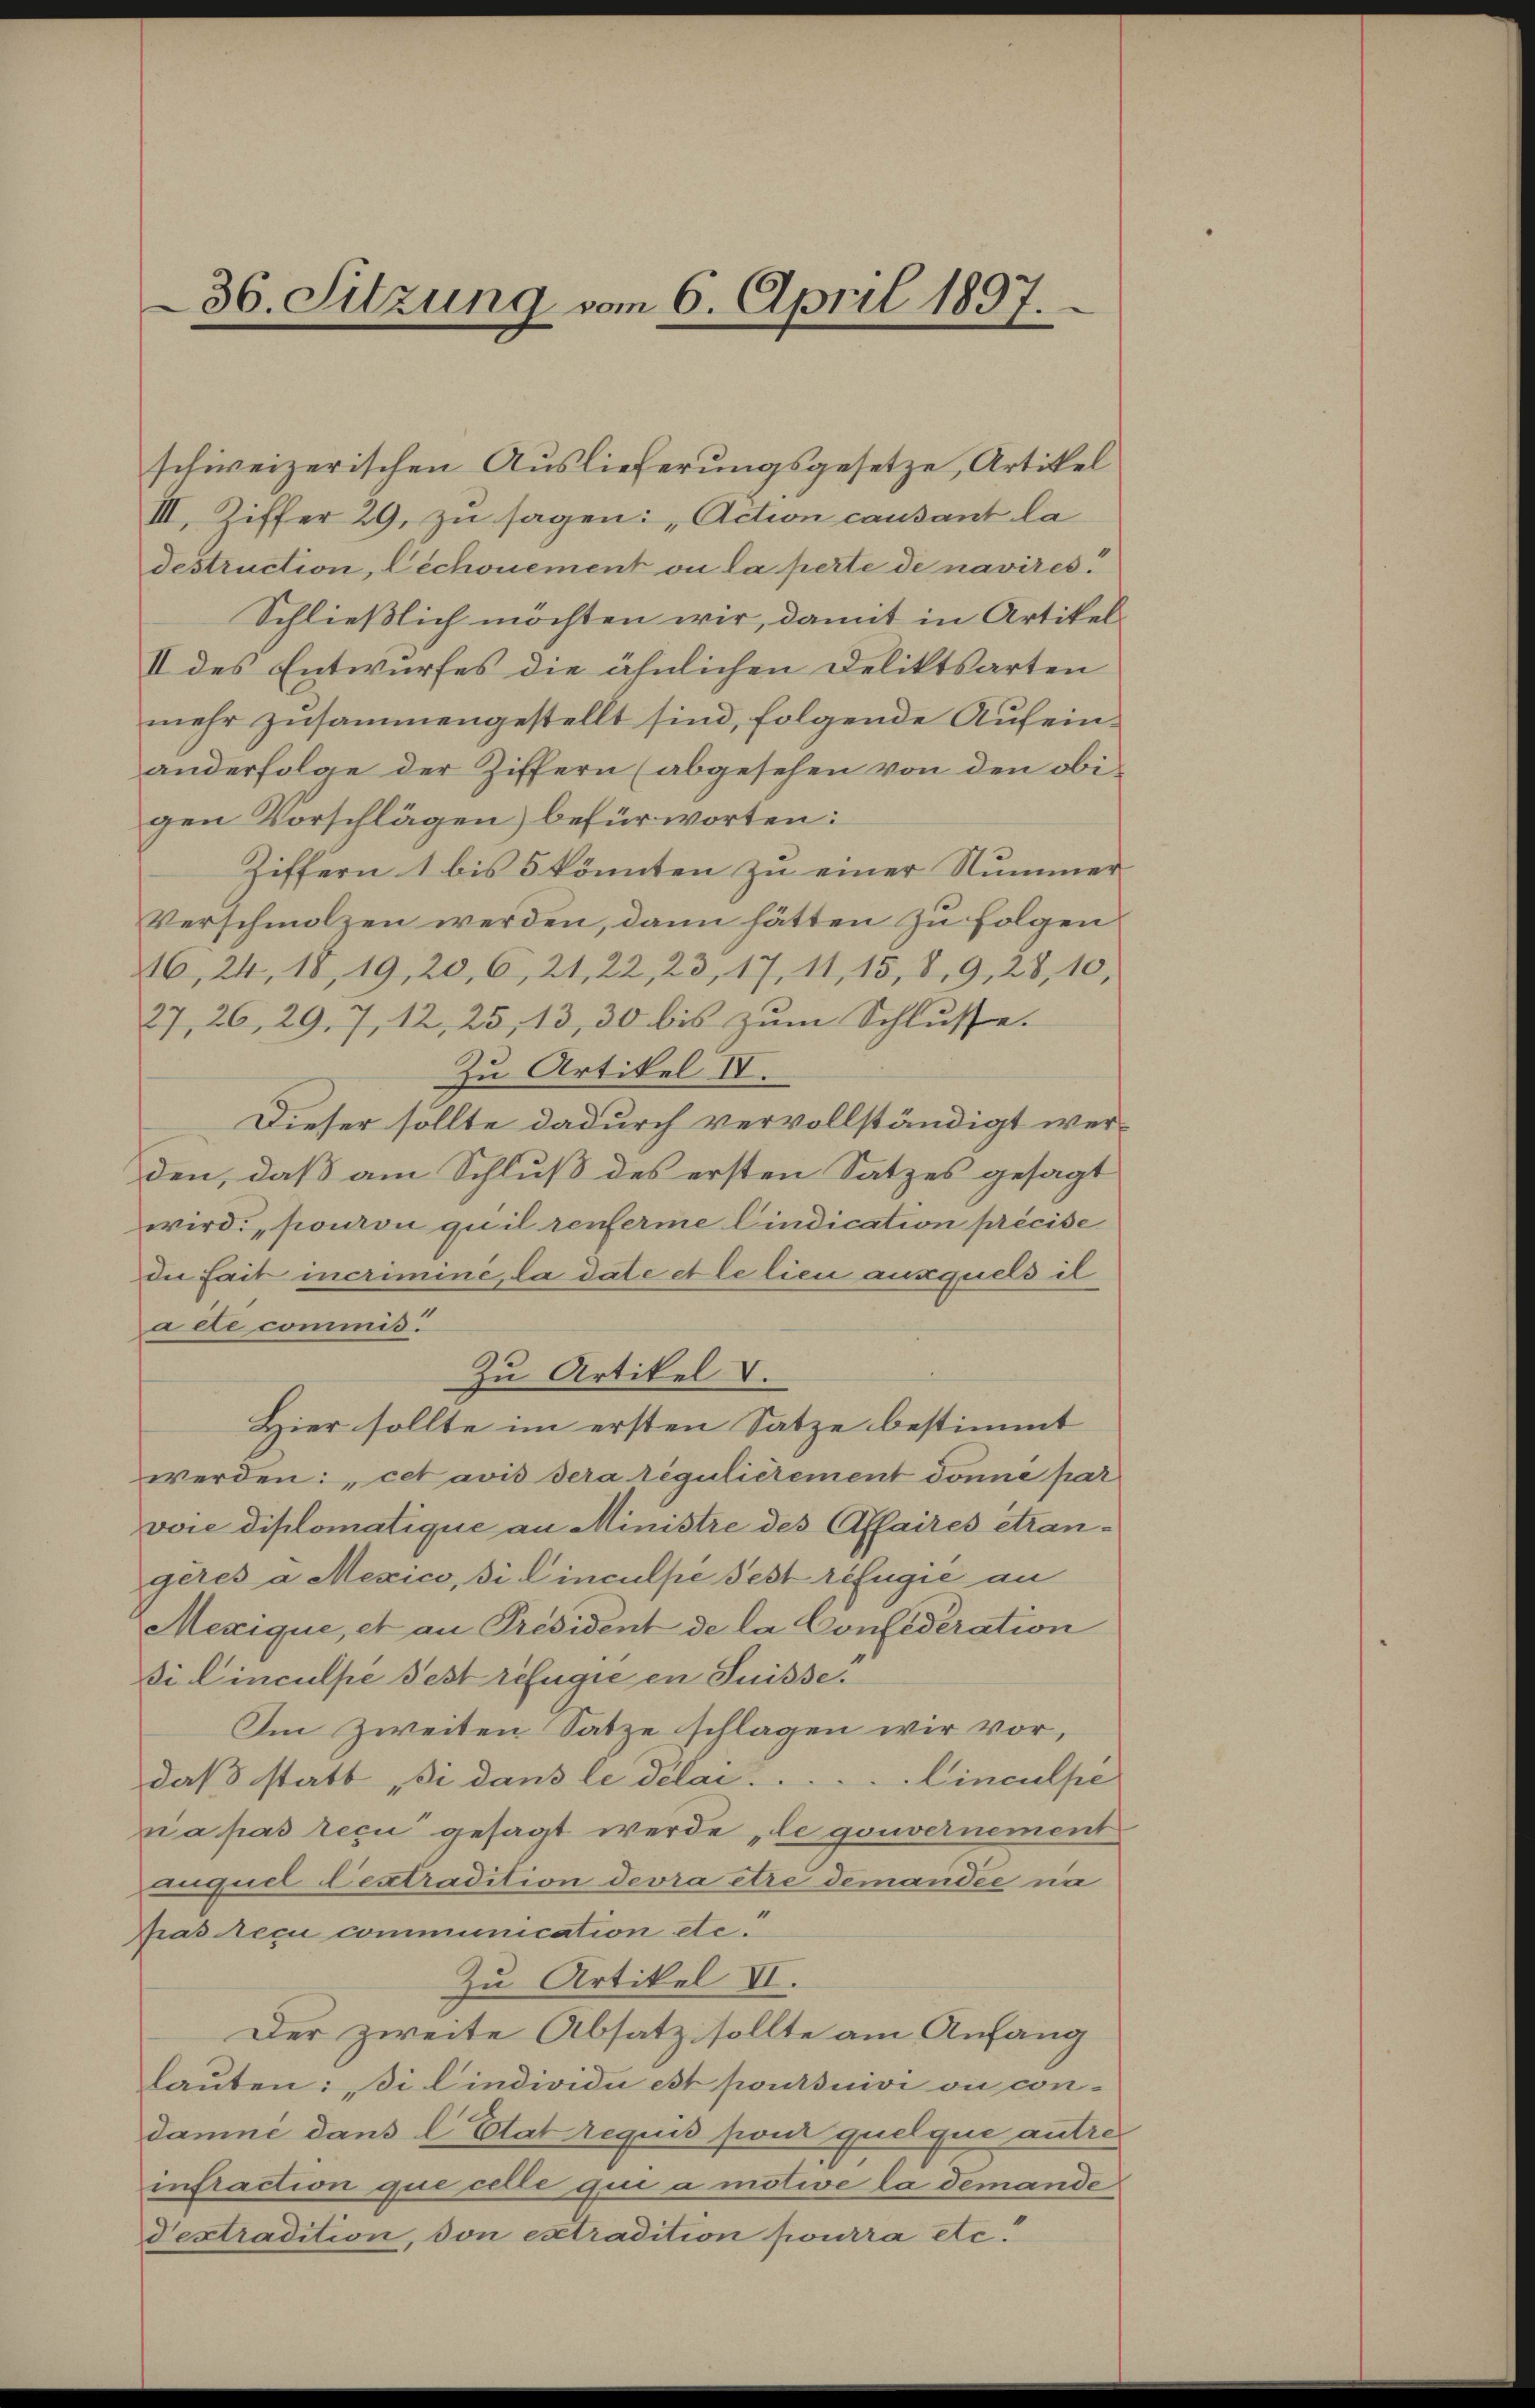
schweizerischen Auslieferungsgesetze, Artikel
III. Ziffer 29, zu sagen: „Action causant la
destruction, Lechouement ou la perte de navires.
Schließlich möchten wir, damit in Artikel-
II des Entwurfes die ähnlichen Deliktsarten
mehr zusammengestellt sind, folgende Aufeinanderfolge der Ziffern (abgesehen von den obigen Vorschlägen) befürworten:
Ziffern 1 bis 5 könnten zu einer Nummer
Verschmolzen werden, dann hätten zu folgen.
16, 24, 18, 19, 20, 6, 21, 22, 23, 17, 11, 15, 8, 9, 28, 10,
27, 26, 29. 7, 12, 25, 13, 30 bis zum Schlusse.
Zu Artikel IV.
Dieser sollte dadurch vervollständigt werden, daß am Schluß des ersten Satzes gesagt
wird: „pouron quil renferme Cindication précise
dee fait incrimine, la date et le lien ausquels il
acte commis.
Zu Artikel v.
Hier sollte im ersten Satze bestimmt
werden: „cet avis dera régulictement donné par
vore diplomatique an Ministre des Affaires étran-
gères a Mexico, di Cinculpe Fest réfugie an
Mexique, et au Président de la Confederation
Di Cinculpe Fest refugie en Suisse
Im Zweiten Satze schlagen wir vor,
Cinculpe
daß statt , di dans le délai
na pas reci gesagt werde „le gouvernement
Auquel lextradition devra être demandée ni
pras Necu communication etc.
Zu Artikel VI.
Der zweite Absatz sollte am Anfang
lauten: di lindividu est poursuivi vie con-
damne dans l. Etat requis pour quelque antreinfraction que celle qui a motive la demande
Dextradition, von extradition pourra etc.

36. Sitzung vom 6. April 1897.